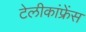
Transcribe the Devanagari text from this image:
टेलीकांफ्रेंस